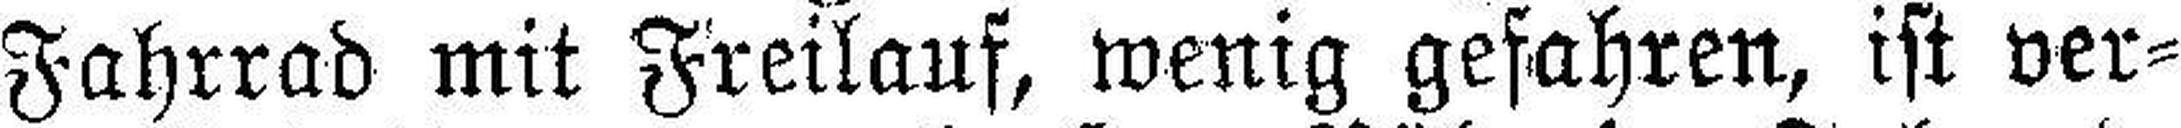
Fahrrad mit Freilauf, wenig gefahren, ist ver¬